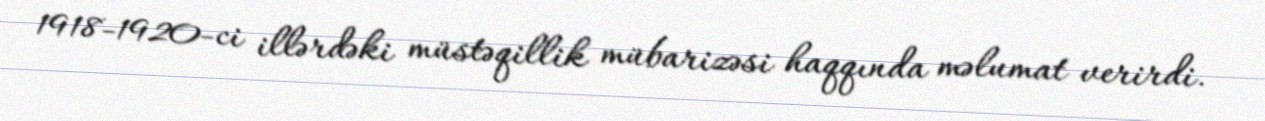
1918-1920-ci illərdəki müstəqillik mübarizəsi haqqında məlumat verirdi.